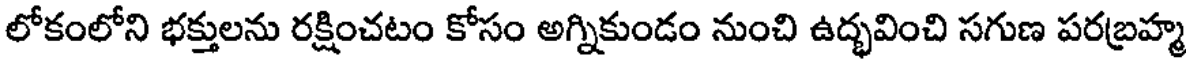
లోకంలోని భక్తులను రక్షించటం కోసం అగ్నికుండం నుంచి ఉద్భవించి సగుణ పరబ్రహ్మ